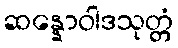
ဆန္နောဝါဒသုတ္တံ